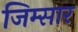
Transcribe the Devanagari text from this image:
जिम्सार